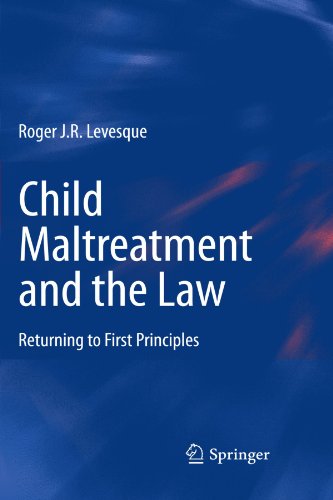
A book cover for Child Maltreatment and the Law: Returning to First Principles; Roger J.R. Levesque; Law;